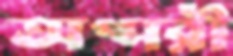
অপ্সরী